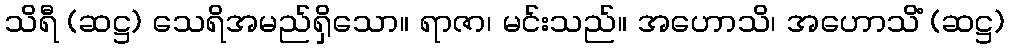
သိရီ (ဆဋ္ဌ) သေရိအမည်ရှိသော။ ရာဇာ၊ မင်းသည်။ အဟောသိ၊ အဟောသိံ (ဆဋ္ဌ)